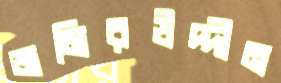
জমিরউদ্দীন